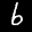
Label: 6